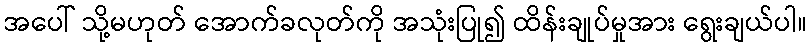
အပေါ် သို့မဟုတ် အောက်ခလုတ်ကို အသုံးပြု၍ ထိန်းချုပ်မှုအား ရွေးချယ်ပါ။